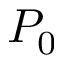
P _ { 0 }